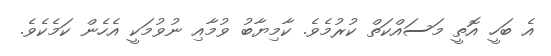
އެ ބަހީ އޮތީ މަސައްކަތް ކުރުމެވެ. ކާމިޔާބު ވުމާއި ނުވުމަކީ އެހެން ކަމެކެވެ.